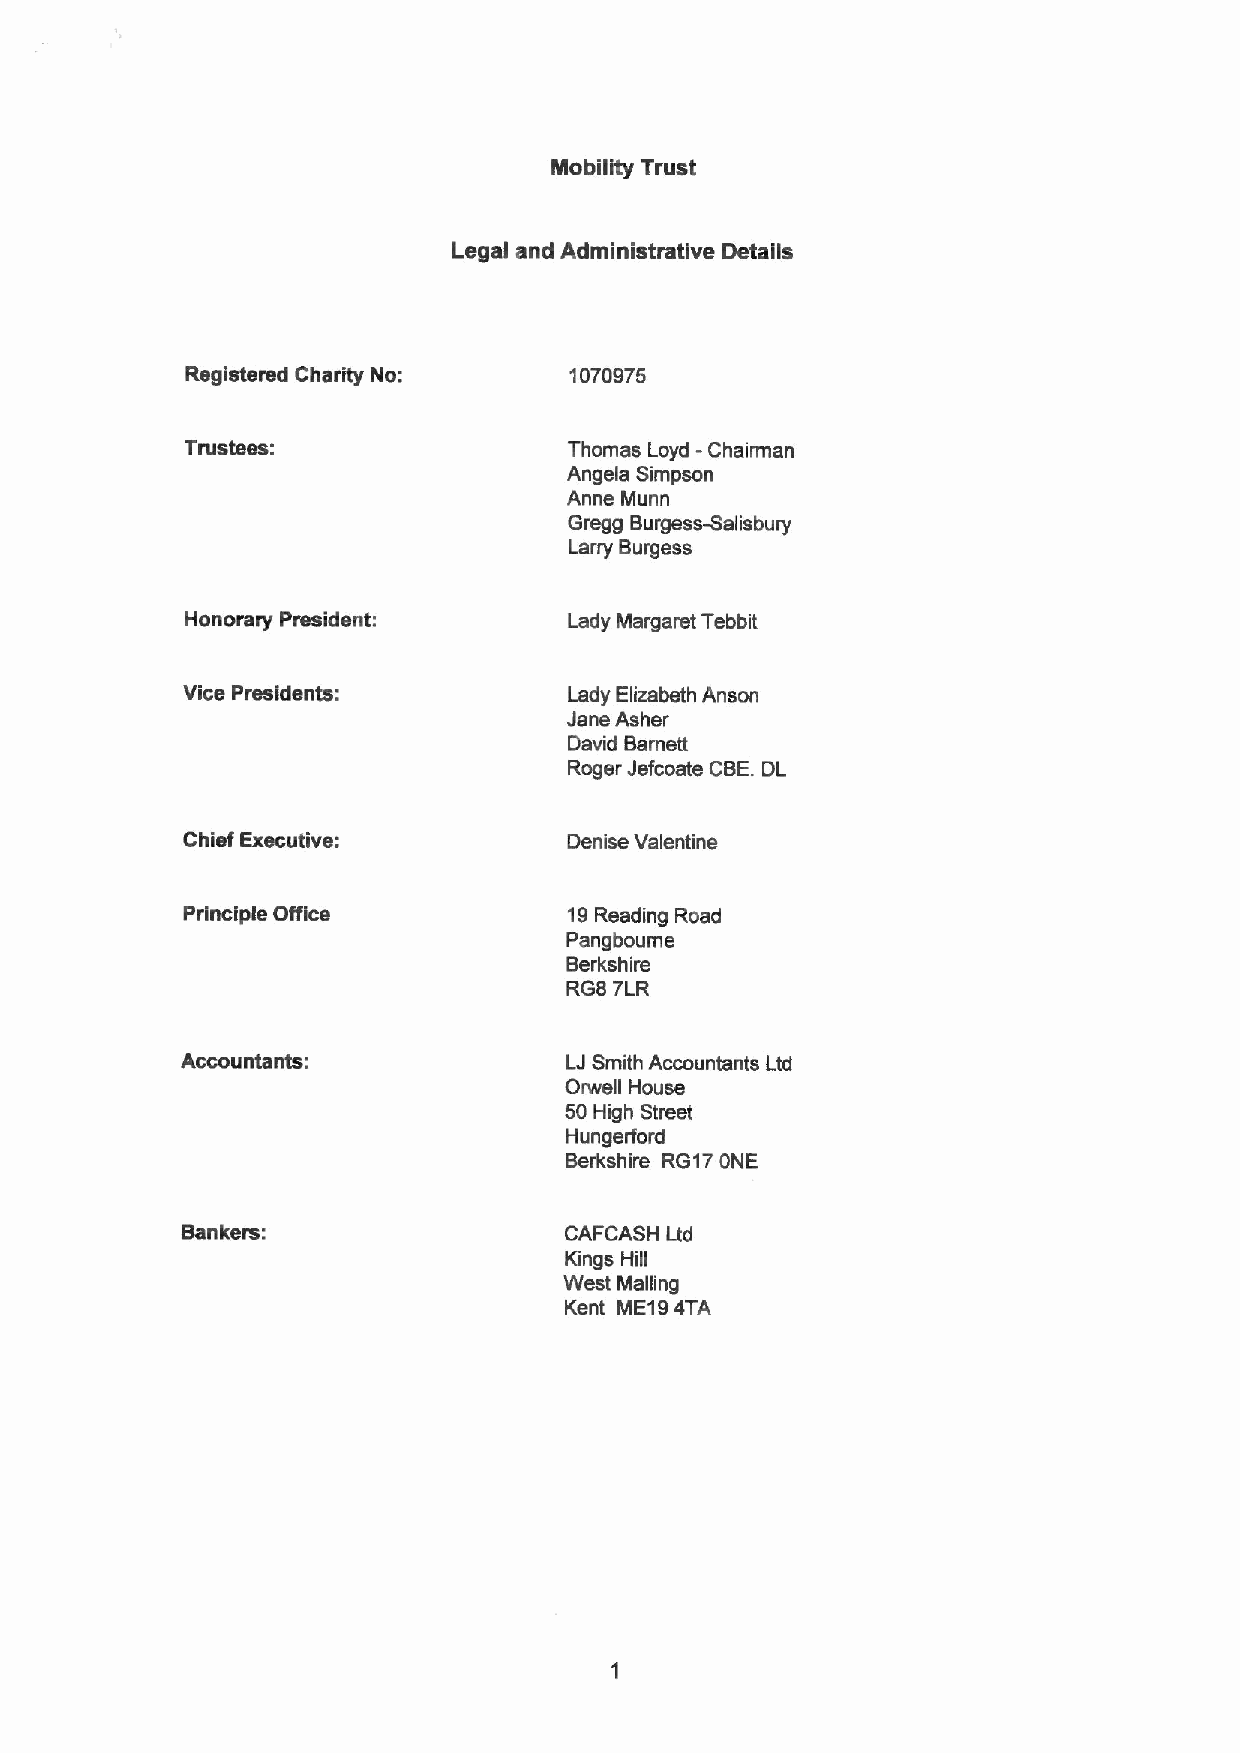
Mobility Trust
 Legal and Administrative Details
 Registered Charity No:    1070975
 Trustees:                 Thomas Loyd - Chairman
 Angels Simpson
 Anne Munn
 Gregg Burgess-Salisbury
 Larry Burgess
 Honorary President:       Lady Margaret Tebbit
 Vice Presidents:          Lady Elizabeth Anson
 Jane Asher
 David Bamett
 Roger Jefcoate CBE.DL
 Chief Executive:          Denise Valentine
 Principle Office          19Reading Road
 Pangboume
 Berkshire
 RG8 7LR
 Accountants:             LJSmith Accountants Ltd
 Orwell House
 50High Street
 Hungerford
 Berkshire RG17ONE
 Bankem:                  CAFCASH Ltd
 Kings Hill
 West Mailing
 Kent ME194TA